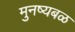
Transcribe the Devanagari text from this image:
मुनष्यबळ